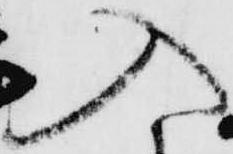
入